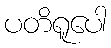
ပတိရူပေါ